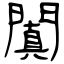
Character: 闐